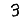
Digit: 3